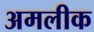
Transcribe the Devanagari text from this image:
अमलीक